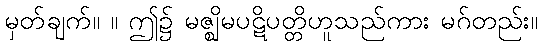
မှတ်ချက်။ ။ ဤ၌ မဇ္ဈိမပဋိပတ္တိဟူသည်ကား မဂ်တည်း။